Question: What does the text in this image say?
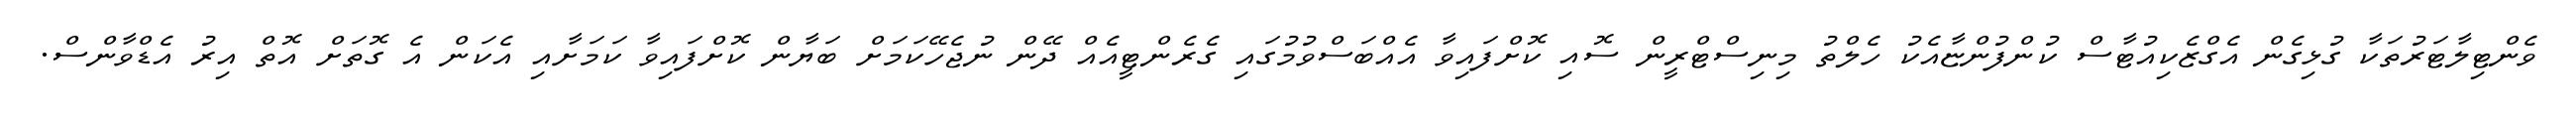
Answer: ވެންޓިލާޓަރުތަކާ ގުޅިގެން އެގްޒެކިއުޓާސް ކުންފުންޏާއެކު ހެލްތު މިނިސްޓްރީން ސޮއި ކޮށްފައިވާ އެއްބަސްވުމުގައި ގެރެންޓީއެއް ދޭން ނުޖެހޭކަމަށް ބަޔާން ކޮށްފައިވާ ކަމަށާއި އެކަން އެ ގޮތަށް އޮތް އިރު އެޑްވާންސް.